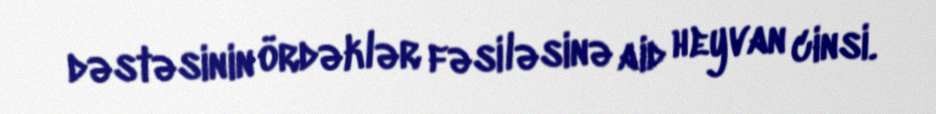
dəstəsinin ördəklər fəsiləsinə aid heyvan cinsi.